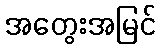
အတွေးအမြင်